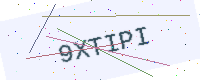
Text: 9XTIPI